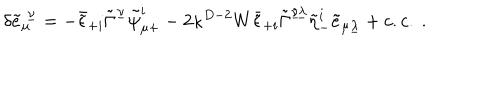
LaTeX: \delta { \tilde { e } } _ { \mu } ^ { \ \underline { { \nu } } } = - \bar { \tilde { \epsilon } } _ { + i } \tilde { \Gamma } ^ { \underline { { \nu } } } \tilde { \psi } _ { \mu + } ^ { i } - 2 \kappa ^ { D - 2 } W \bar { \tilde { \epsilon } } _ { + i } \tilde { \Gamma } ^ { \underline { { { \nu \lambda } } } } \tilde { \eta } _ { - } ^ { i } \tilde { e } _ { \mu \underline { { \lambda } } } + c . c . \ .